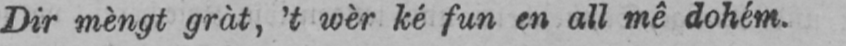
Dir mèngt gràt, ’t wèr ké fun en ail mê dohém.